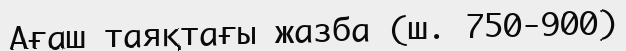
Ағаш таяқтағы жазба (ш. 750-900)